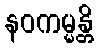
နဝကမ္မန္တိ